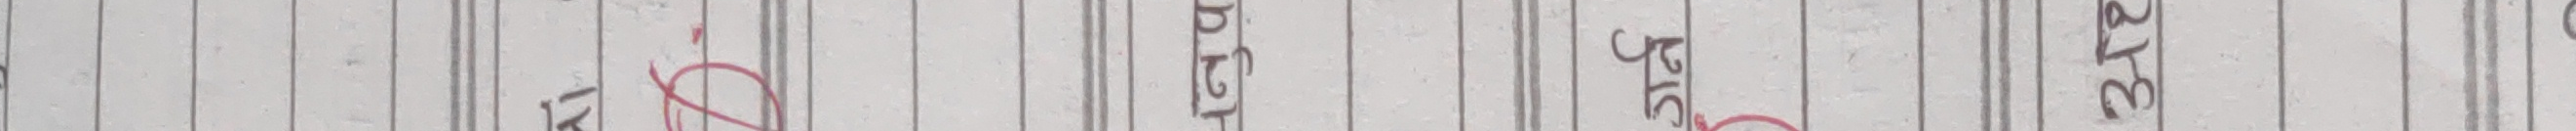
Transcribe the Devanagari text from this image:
एन०टी०